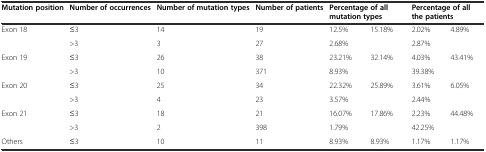
| Mutation position | Number of occurrences | Number of mutation types | Number of patients | <COLSPAN=2> Percentage of all mutation types | <COLSPAN=2> Percentage of all the patients |
 | --- | --- | --- | --- | --- | --- | --- | --- |
 | <ROWSPAN=2> Exon 18 | ≤3 | 14 | 19 | 12.5% | <ROWSPAN=2> 15.18% | 2.02% | <ROWSPAN=2> 4.89% |
 | >3 | 3 | 27 | 2.68% | 2.87% |
 | <ROWSPAN=2> Exon 19 | ≤3 | 26 | 38 | 23.21% | <ROWSPAN=2> 32.14% | 4.03% | <ROWSPAN=2> 43.41% |
 | >3 | 10 | 371 | 8.93% | 39.38% |
 | <ROWSPAN=2> Exon 20 | ≤3 | 25 | 34 | 22.32% | <ROWSPAN=2> 25.89% | 3.61% | <ROWSPAN=2> 6.05% |
 | >3 | 4 | 23 | 3.57% | 2.44% |
 | <ROWSPAN=2> Exon 21 | ≤3 | 18 | 21 | 16.07% | <ROWSPAN=2> 17.86% | 2.23% | <ROWSPAN=2> 44.48% |
 | >3 | 2 | 398 | 1.79% | 42.25% |
 | Others | ≤3 | 10 | 11 | 8.93% | 8.93% | 1.17% | 1.17% |